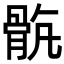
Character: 𩨺